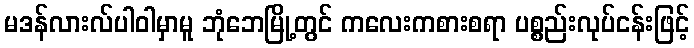
မဒန်လားလ်ပါဝါမှာမူ ဘုံဘေမြို့တွင် ကလေးကစားစရာ ပစ္စည်းလုပ်ငန်းဖြင့်